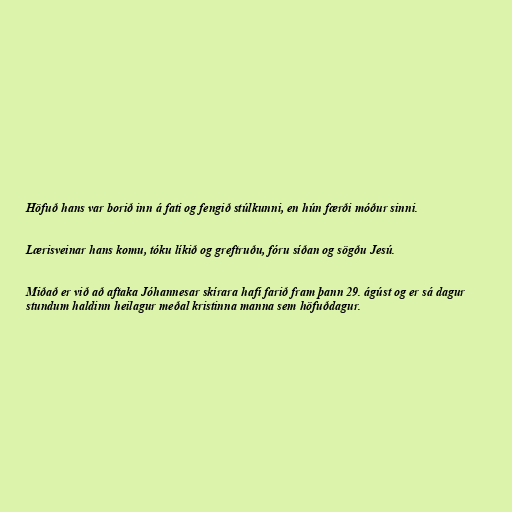
Höfuð hans var borið inn á fati og fengið stúlkunni, en hún færði móður sinni.

Lærisveinar hans komu, tóku líkið og greftruðu, fóru síðan og sögðu Jesú.

Miðað er við að aftaka Jóhannesar skírara hafi farið fram þann 29. ágúst og er sá dagur
stundum haldinn heilagur meðal kristinna manna sem höfuðdagur.